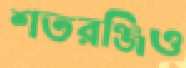
শতরঞ্জিও